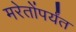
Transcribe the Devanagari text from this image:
मरेतोंपर्यंत